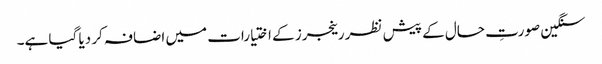
سنگین صورتِ حال کے پیش نظر رینجرز کے اختیارات میں اضافہ کر دیا گیا ہے۔